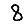
Digit: 8